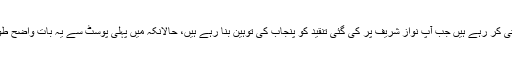
یہ میرے ساتھ آپ زیادتی کر رہے ہیں جب آپ نواز شریف پر کی گئی تنقید کو پنجاب کی توہین بنا رہے ہیں، حالانکہ میں پہلی پوسٹ سے یہ بات واضح طور پر لکھتی آ رہی ہوں۔